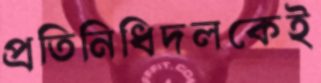
প্রতিনিধিদলকেই